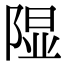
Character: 𫠃